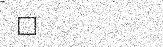
٤